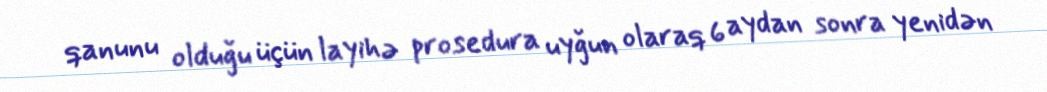
qanunu olduğu üçün layihə prosedura uyğun olaraq 6 aydan sonra yenidən